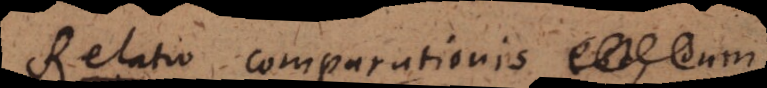
relatio comparationis foret